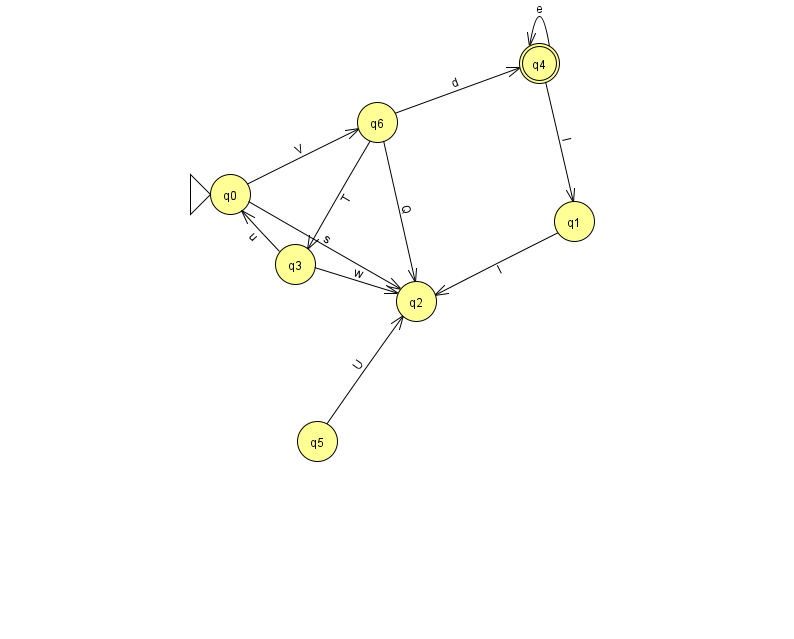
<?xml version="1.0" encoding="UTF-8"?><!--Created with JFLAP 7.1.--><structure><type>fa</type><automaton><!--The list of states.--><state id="0" name="q0"><x>230.0</x><y>181.0</y><initial/></state><state id="1" name="q1"><x>574.0</x><y>208.0</y></state><state id="2" name="q2"><x>416.0</x><y>288.0</y></state><state id="3" name="q3"><x>295.0</x><y>251.0</y></state><state id="4" name="q4"><x>539.0</x><y>50.0</y><final/></state><state id="5" name="q5"><x>317.0</x><y>428.0</y></state><state id="6" name="q6"><x>377.0</x><y>109.0</y></state><!--The list of transitions.--><transition><from>6</from><to>3</to><read>T</read></transition><transition><from>0</from><to>2</to><read>s</read></transition><transition><from>1</from><to>2</to><read>l</read></transition><transition><from>6</from><to>4</to><read>d</read></transition><transition><from>4</from><to>4</to><read>e</read></transition><transition><from>5</from><to>2</to><read>U</read></transition><transition><from>0</from><to>6</to><read>V</read></transition><transition><from>3</from><to>0</to><read>u</read></transition><transition><from>3</from><to>2</to><read>w</read></transition><transition><from>4</from><to>1</to><read>l</read></transition><transition><from>6</from><to>2</to><read>Q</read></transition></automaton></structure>